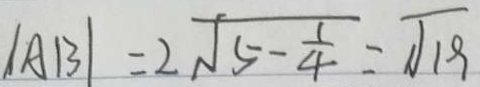
\vert A B \vert = 2 \sqrt { 5 - \frac { 1 } { 4 } } = 1 \sqrt { 1 9 }